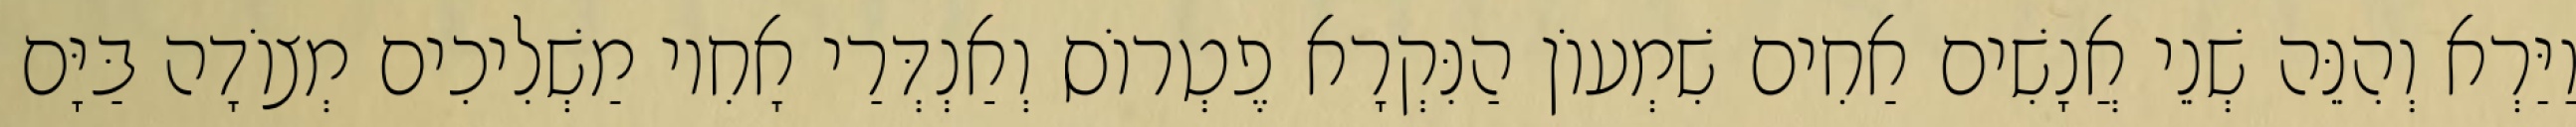
וַיַּרְא וְהִנֵּה שְׁנֵי אֲנָשִׁים אַחִים שִׁמְעוֹן הַנִּקְרָא פֶטְרוֹס וְאַנְדְּרַי אָחִיו מַשְׁלִיכִים מְצוֹדָה בַּיָּם